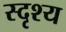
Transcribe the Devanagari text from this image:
स्दृश्य